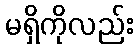
မရှိကိုလည်း